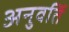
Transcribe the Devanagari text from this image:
अनुवर्ति